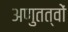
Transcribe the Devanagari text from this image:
अणुतत्वों